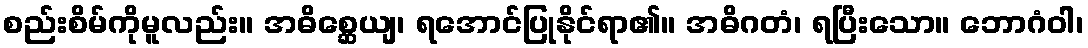
စည်းစိမ်ကိုမူလည်း။ အဓိစ္ဆေယျ၊ ရအောင်ပြုနိုင်ရာ၏။ အဓိဂတံ၊ ရပြီးသော။ ဘောဂံဝါ၊